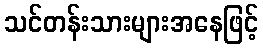
သင်တန်းသားများအနေဖြင့်